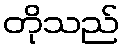
တိုသည်